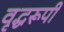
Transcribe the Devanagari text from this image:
वृद्धरूपी